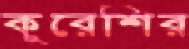
কুরেশির